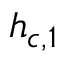
h _ { c , 1 }